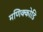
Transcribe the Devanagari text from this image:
मणिक्कोडि